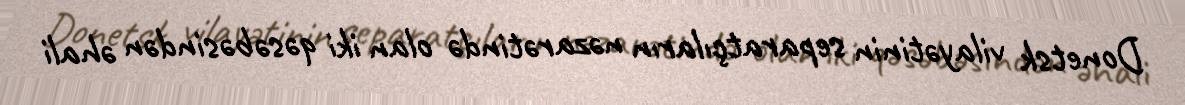
Donetsk vilayətinin separatçıların nəzarətində olan iki qəsəbəsindən əhali